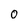
Character: 0